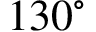
1 3 0 ^ { \circ }